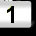
Digit: 1